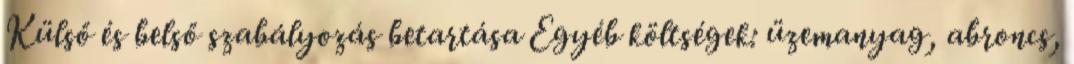
Külső és belső szabályozás betartása Egyéb költségek: üzemanyag, abroncs,